Kihnu_vallakohus, lk 2
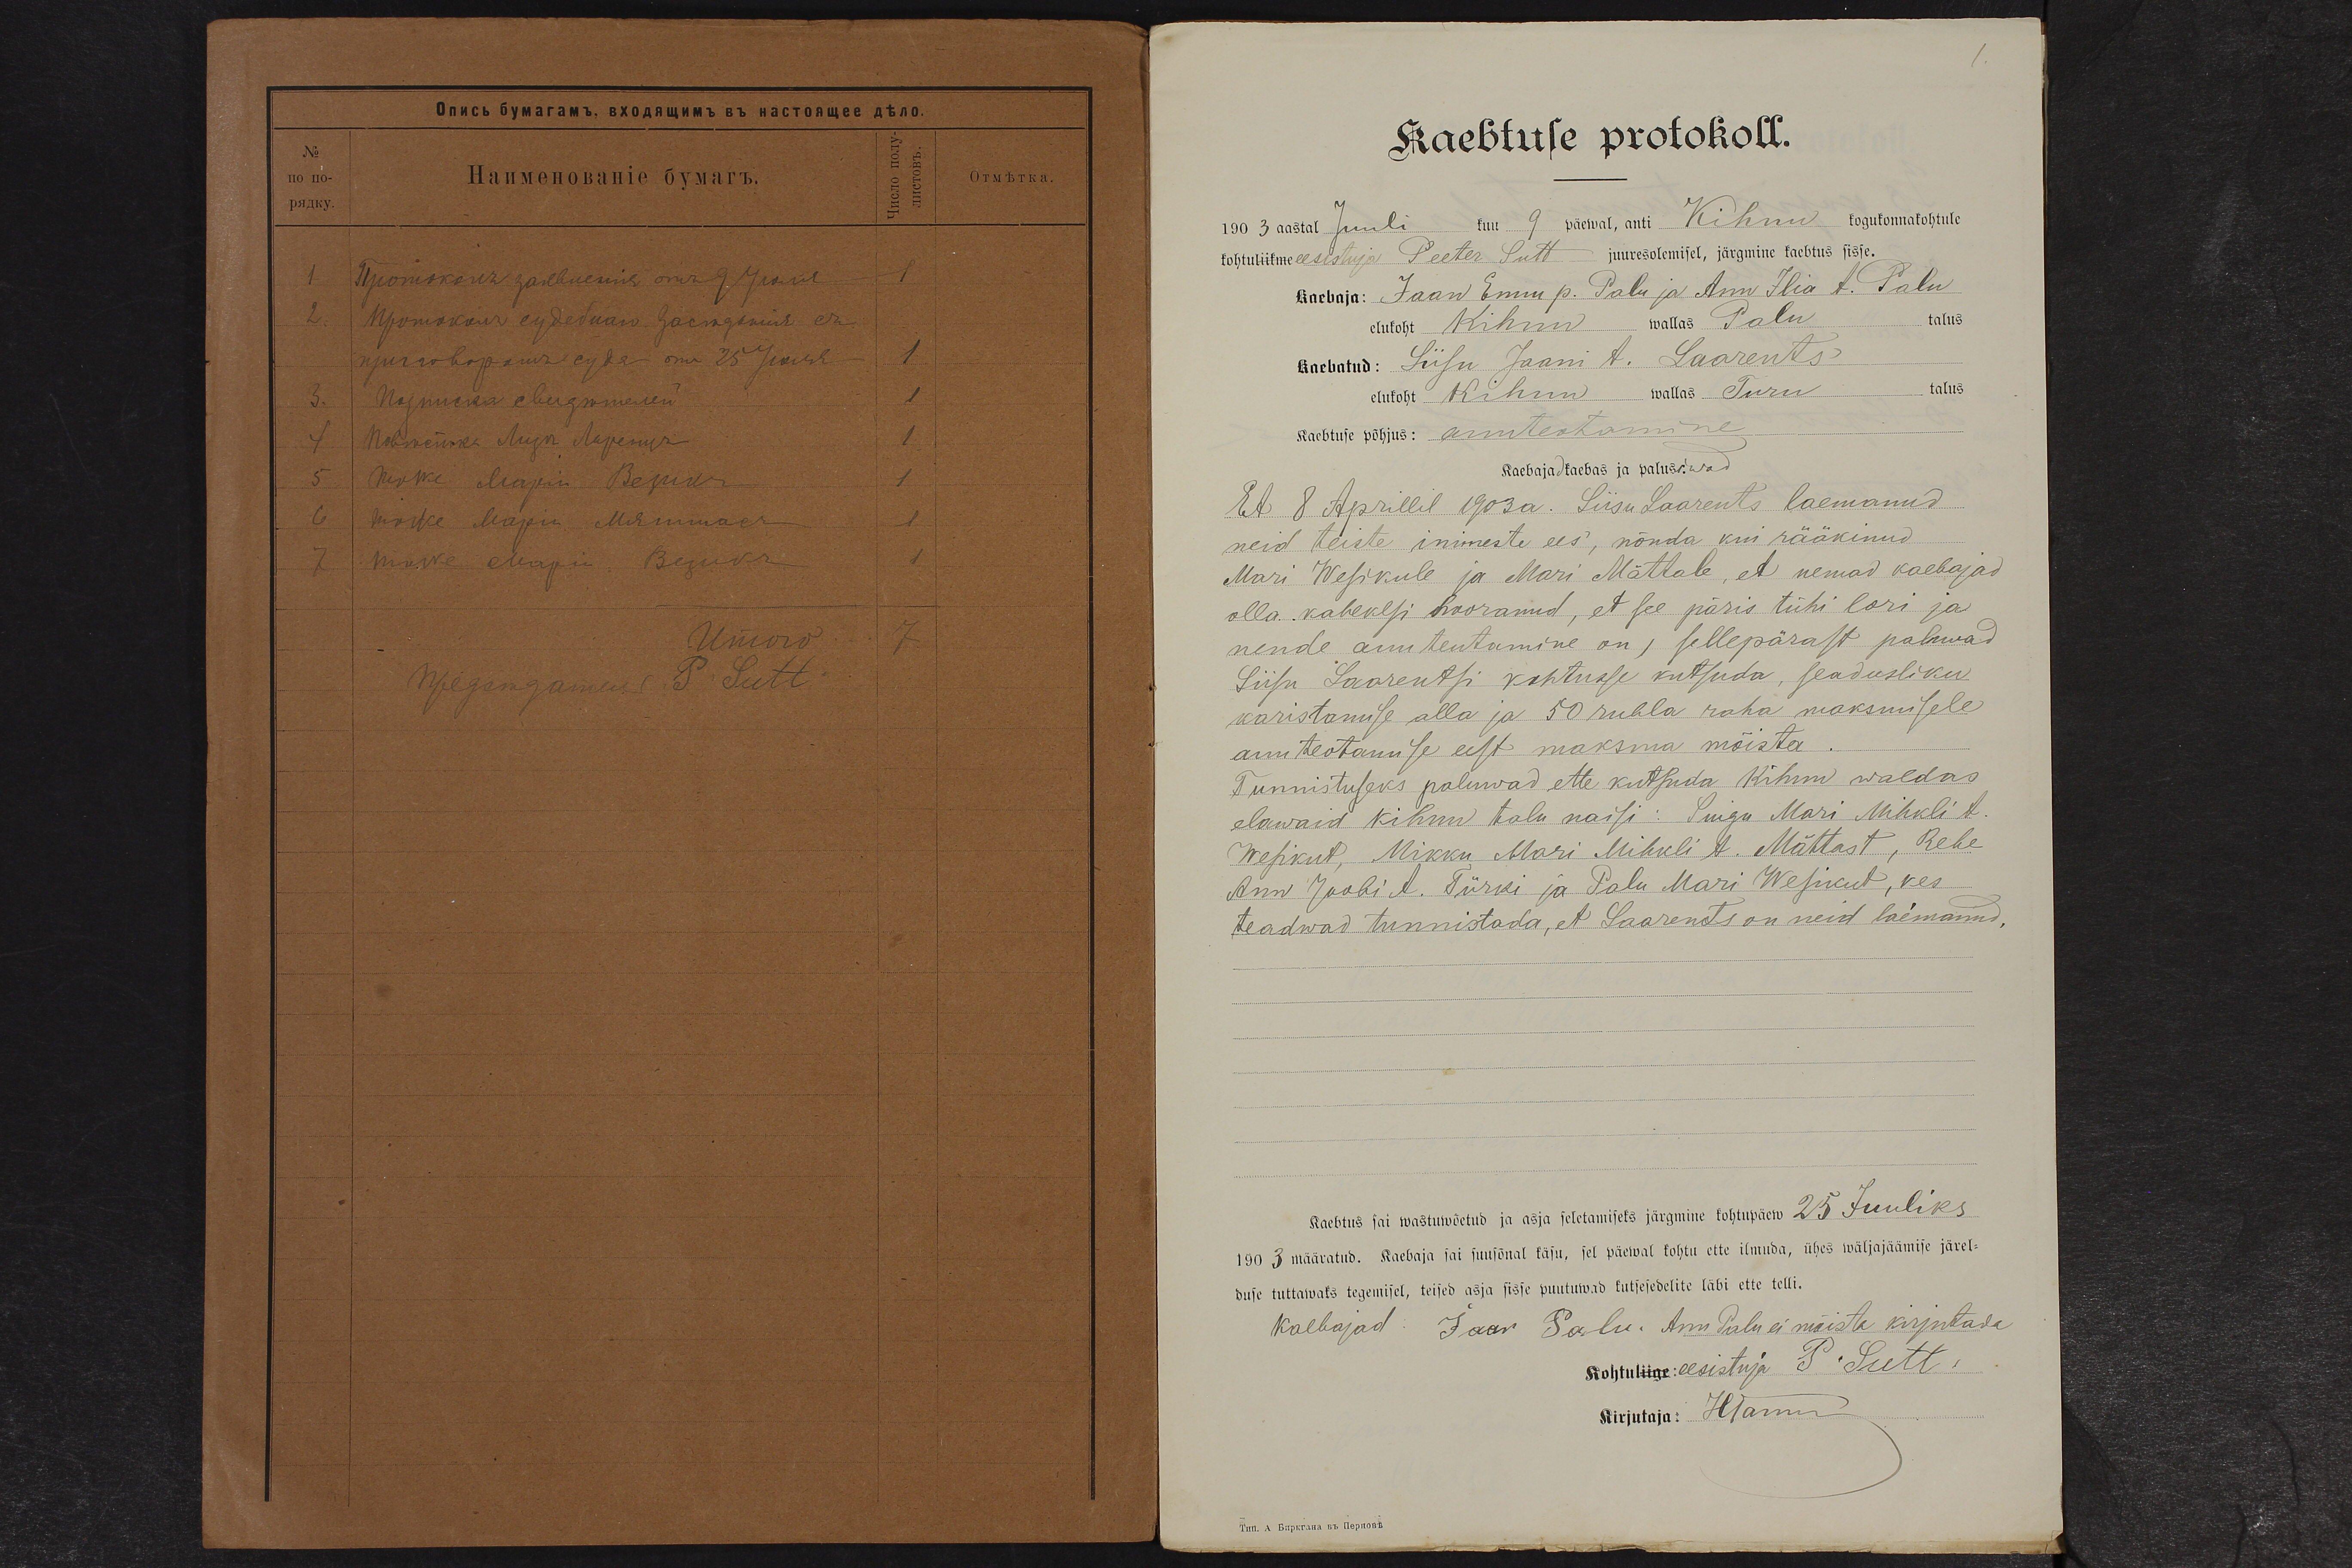
Kaebtuse protokoll.
1903 aastal Juuli kuu 9 päewal, anti Kihnu kogukonnakohtule
kohtu eesistuja Peeter Sutt juuresolemisel, järgmine kaebtus sisse.
Kaebaja: Jaan Ennu p. Palu ja Ann Ilia t. Palo
elukoht Kihnu wallas Palu talus
kaebatud: Liisu Jaani t. Saarents
elukoht Kihnu wallas Turu talus
Kaebtuse põhjus: auuteotamine
Kaebajad kaebas ja palusiwad
Et 8 Aprillil 1903 a. Liisu Laarents laemanud
neid teiste inimeste ees, nõnda kui rääkinud
Mari Wesikule ja Mari Mättale, et nemad kaebajad
olla kahekesi hooranud, et see päris tühi lori ja
nende auuteutamine on, sellepärast paluwad
Liisu Saarentsi kohtusse kutsuda, seadusliku
karistamise alla ja 50 rubla raha maksmisele
auuteotamise eest maksma mõista.
Tunnistuseks paluwad ette kutsuda Kihnu waldas
elawaid Kihnu talu naisi: Suigu Mari Mihkli t.
Wesikut, Mikku Mari Mihkli t. Mättast, Rehe
Ann Jakobi t. Türki ja Palu Mari Wesikut, kes
teadwad tunnistada, et Saarents on neid laimanud.
Kaebtus sai wastuwõetud ja asja seletamiseks järgmine kohtupäew 25 Juuliks
1903 määratud. Kaebaja sai suusõnal käsu, sel päewal kohtu ette ilmuda, ühes wäljajäämise järel-
duse tuttawaks tegemisel, teised asja sisse puutuwad kutsesedelite läbi ette telli.
kaebajad: Jaar Palu. Ann Palu ei mõista kirjutada
Kohtu eesistuja P. Sutt.
Kirjutaja: HTamm